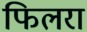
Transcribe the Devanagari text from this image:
फिलरा